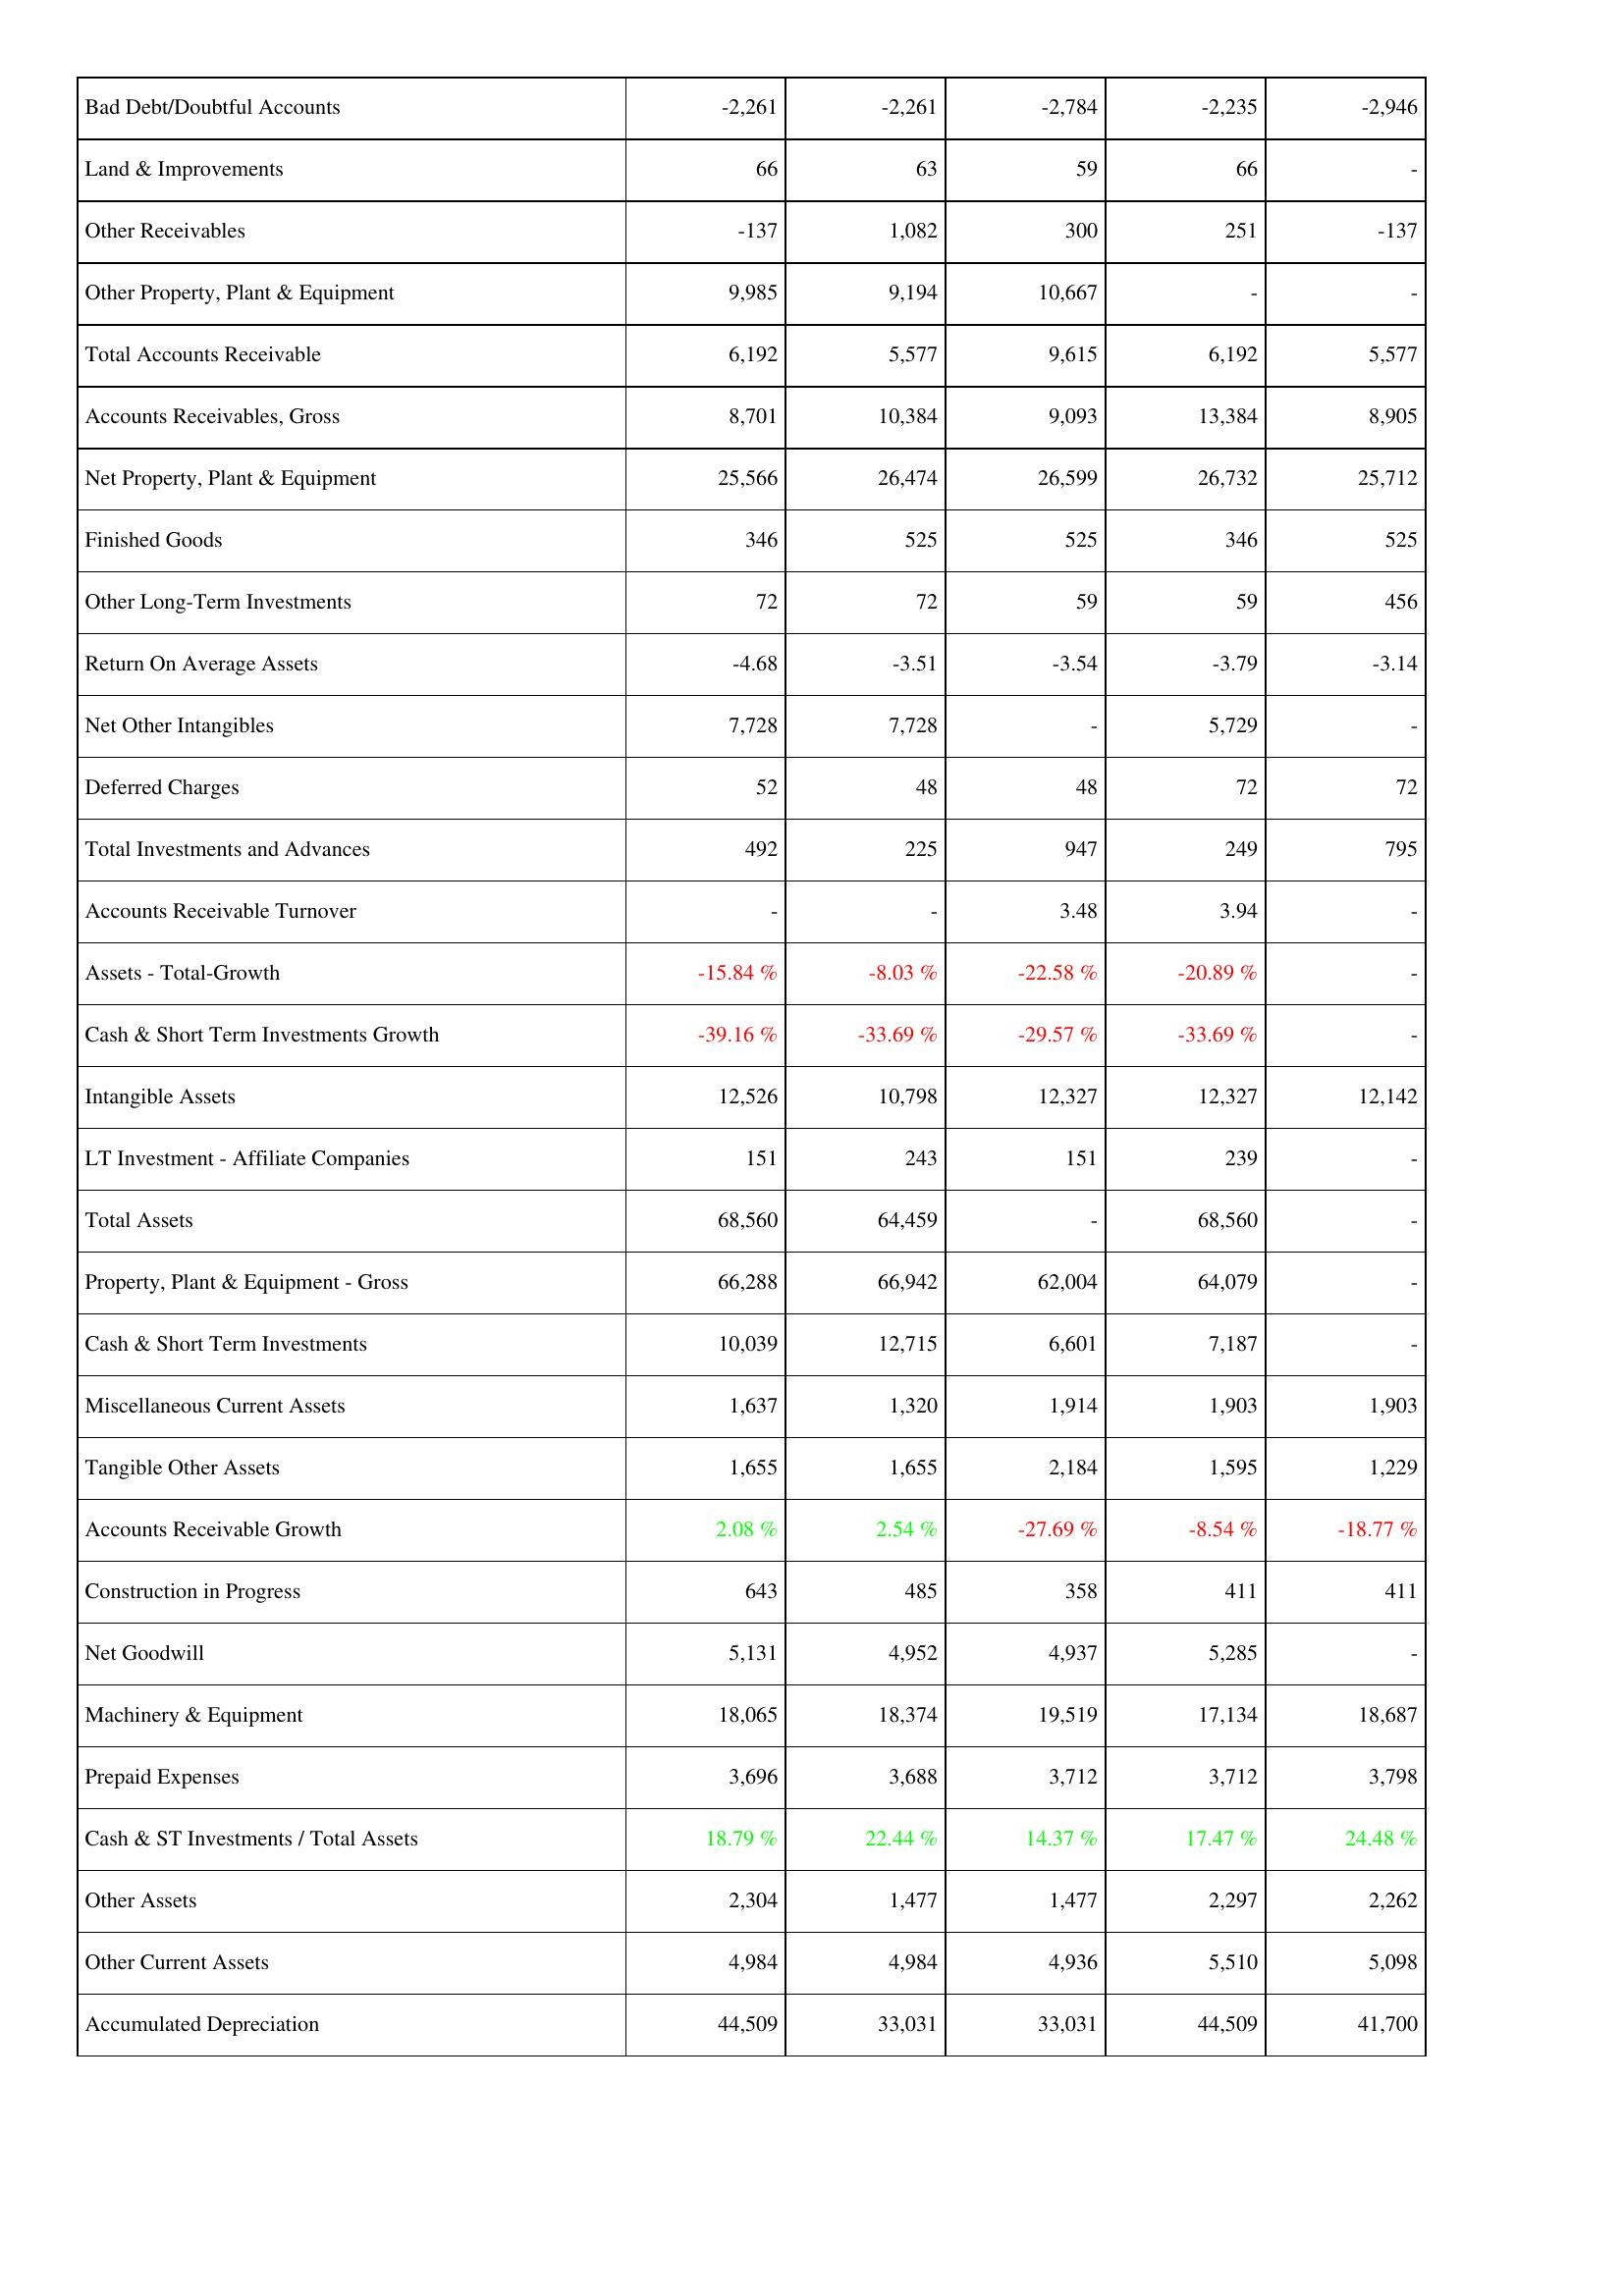
2019: Assets: Bad Debt/Doubtful Accounts: -2,261
Land & Improvements: 66
Other Receivables: -137
Other Property, Plant & Equipment: 9,985
Total Accounts Receivable: 6,192
Accounts Receivables, Gross: 8,701
Net Property, Plant & Equipment: 25,566
Finished Goods: 346
Other Long-Term Investments: 72
Return On Average Assets: -4.68
Net Other Intangibles: 7,728
Deferred Charges: 52
Total Investments and Advances: 492
Accounts Receivable Turnover: -
Assets - Total-Growth: -15.84 %
Cash & Short Term Investments Growth: -39.16 %
Intangible Assets: 12,526
LT Investment - Affiliate Companies: 151
Total Assets: 68,560
Property, Plant & Equipment - Gross: 66,288
Cash & Short Term Investments: 10,039
Miscellaneous Current Assets: 1,637
Tangible Other Assets: 1,655
Accounts Receivable Growth: 2.08 %
Construction in Progress: 643
Net Goodwill: 5,131
Machinery & Equipment: 18,065
Prepaid Expenses: 3,696
Cash & ST Investments / Total Assets: 18.79 %
Other Assets: 2,304
Other Current Assets: 4,984
Accumulated Depreciation: 44,509
2020: Assets: Bad Debt/Doubtful Accounts: -2,261
Land & Improvements: 63
Other Receivables: 1,082
Other Property, Plant & Equipment: 9,194
Total Accounts Receivable: 5,577
Accounts Receivables, Gross: 10,384
Net Property, Plant & Equipment: 26,474
Finished Goods: 525
Other Long-Term Investments: 72
Return On Average Assets: -3.51
Net Other Intangibles: 7,728
Deferred Charges: 48
Total Investments and Advances: 225
Accounts Receivable Turnover: -
Assets - Total-Growth: -8.03 %
Cash & Short Term Investments Growth: -33.69 %
Intangible Assets: 10,798
LT Investment - Affiliate Companies: 243
Total Assets: 64,459
Property, Plant & Equipment - Gross: 66,942
Cash & Short Term Investments: 12,715
Miscellaneous Current Assets: 1,320
Tangible Other Assets: 1,655
Accounts Receivable Growth: 2.54 %
Construction in Progress: 485
Net Goodwill: 4,952
Machinery & Equipment: 18,374
Prepaid Expenses: 3,688
Cash & ST Investments / Total Assets: 22.44 %
Other Assets: 1,477
Other Current Assets: 4,984
Accumulated Depreciation: 33,031
2021: Assets: Bad Debt/Doubtful Accounts: -2,784
Land & Improvements: 59
Other Receivables: 300
Other Property, Plant & Equipment: 10,667
Total Accounts Receivable: 9,615
Accounts Receivables, Gross: 9,093
Net Property, Plant & Equipment: 26,599
Finished Goods: 525
Other Long-Term Investments: 59
Return On Average Assets: -3.54
Net Other Intangibles: -
Deferred Charges: 48
Total Investments and Advances: 947
Accounts Receivable Turnover: 3.48
Assets - Total-Growth: -22.58 %
Cash & Short Term Investments Growth: -29.57 %
Intangible Assets: 12,327
LT Investment - Affiliate Companies: 151
Total Assets: -
Property, Plant & Equipment - Gross: 62,004
Cash & Short Term Investments: 6,601
Miscellaneous Current Assets: 1,914
Tangible Other Assets: 2,184
Accounts Receivable Growth: -27.69 %
Construction in Progress: 358
Net Goodwill: 4,937
Machinery & Equipment: 19,519
Prepaid Expenses: 3,712
Cash & ST Investments / Total Assets: 14.37 %
Other Assets: 1,477
Other Current Assets: 4,936
Accumulated Depreciation: 33,031
2022: Assets: Bad Debt/Doubtful Accounts: -2,235
Land & Improvements: 66
Other Receivables: 251
Other Property, Plant & Equipment: -
Total Accounts Receivable: 6,192
Accounts Receivables, Gross: 13,384
Net Property, Plant & Equipment: 26,732
Finished Goods: 346
Other Long-Term Investments: 59
Return On Average Assets: -3.79
Net Other Intangibles: 5,729
Deferred Charges: 72
Total Investments and Advances: 249
Accounts Receivable Turnover: 3.94
Assets - Total-Growth: -20.89 %
Cash & Short Term Investments Growth: -33.69 %
Intangible Assets: 12,327
LT Investment - Affiliate Companies: 239
Total Assets: 68,560
Property, Plant & Equipment - Gross: 64,079
Cash & Short Term Investments: 7,187
Miscellaneous Current Assets: 1,903
Tangible Other Assets: 1,595
Accounts Receivable Growth: -8.54 %
Construction in Progress: 411
Net Goodwill: 5,285
Machinery & Equipment: 17,134
Prepaid Expenses: 3,712
Cash & ST Investments / Total Assets: 17.47 %
Other Assets: 2,297
Other Current Assets: 5,510
Accumulated Depreciation: 44,509
2023: Assets: Bad Debt/Doubtful Accounts: -2,946
Land & Improvements: -
Other Receivables: -137
Other Property, Plant & Equipment: -
Total Accounts Receivable: 5,577
Accounts Receivables, Gross: 8,905
Net Property, Plant & Equipment: 25,712
Finished Goods: 525
Other Long-Term Investments: 456
Return On Average Assets: -3.14
Net Other Intangibles: -
Deferred Charges: 72
Total Investments and Advances: 795
Accounts Receivable Turnover: -
Assets - Total-Growth: -
Cash & Short Term Investments Growth: -
Intangible Assets: 12,142
LT Investment - Affiliate Companies: -
Total Assets: -
Property, Plant & Equipment - Gross: -
Cash & Short Term Investments: -
Miscellaneous Current Assets: 1,903
Tangible Other Assets: 1,229
Accounts Receivable Growth: -18.77 %
Construction in Progress: 411
Net Goodwill: -
Machinery & Equipment: 18,687
Prepaid Expenses: 3,798
Cash & ST Investments / Total Assets: 24.48 %
Other Assets: 2,262
Other Current Assets: 5,098
Accumulated Depreciation: 41,700